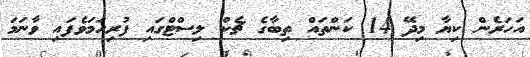
އަހަރެން ކިޔާ މިދޭ 14 ކަންތައް ތިބާގެ ޗެކް ލިސްޓްގައި ފުރިހަމަވެފައި ވާނަމަ